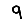
Digit: 9